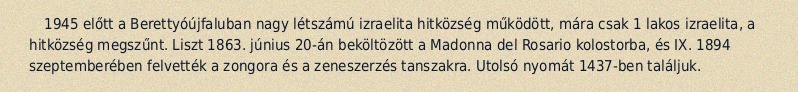
1945 előtt a Berettyóújfaluban nagy létszámú izraelita hitközség működött, mára csak 1 lakos izraelita, a hitközség megszűnt. Liszt 1863. június 20-án beköltözött a Madonna del Rosario kolostorba, és IX. 1894 szeptemberében felvették a zongora és a zeneszerzés tanszakra. Utolsó nyomát 1437-ben találjuk.